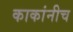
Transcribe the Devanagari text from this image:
काकांनीच